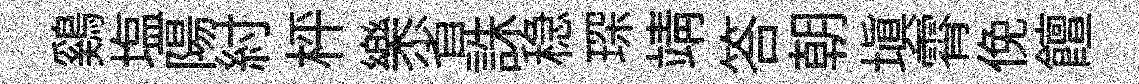
鷄塩陽紂枰樂省誅稳琛靖答朝塡霄俛饘